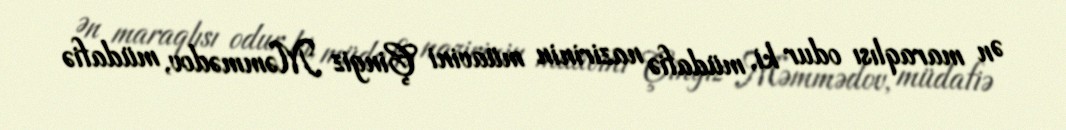
Ən maraqlısı odur ki, müdafiə nazirinin müavini Çingiz Məmmədov, müdafiə